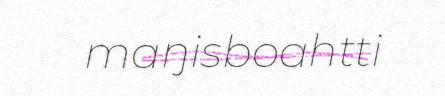
maŋisboahtti